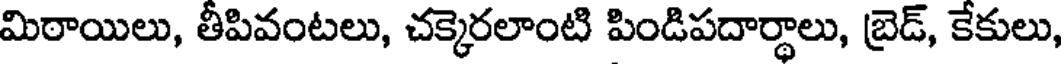
మిఠాయిలు, తీపివంటలు, చక్కెరలాంటి పిండిపదార్థాలు, బ్రెడ్, కేకులు,